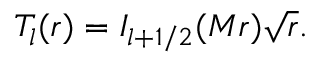
T _ { l } ( r ) = I _ { l + 1 / 2 } ( M r ) \sqrt { r } .